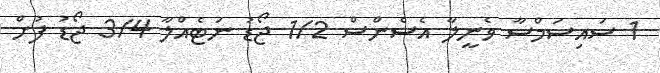
1 ސައިސަމްސާ ވެނީލާ އެސެންސް 1/2 ޖޯޑު ނަޓެއްލާ 3/4 ޖޯޑު ފުށް